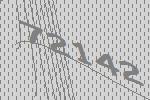
72142